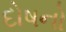
દોષનો